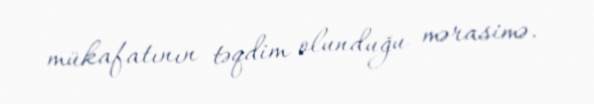
mükafatının təqdim olunduğu mərasimə.